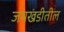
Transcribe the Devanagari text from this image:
जमखंडीतील